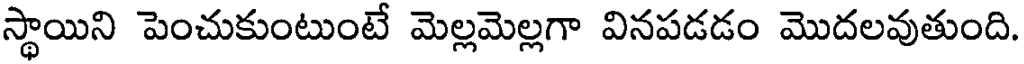
స్థాయిని పెంచుకుంటుంటే మెల్లమెల్లగా వినపడడం మొదలవుతుంది.